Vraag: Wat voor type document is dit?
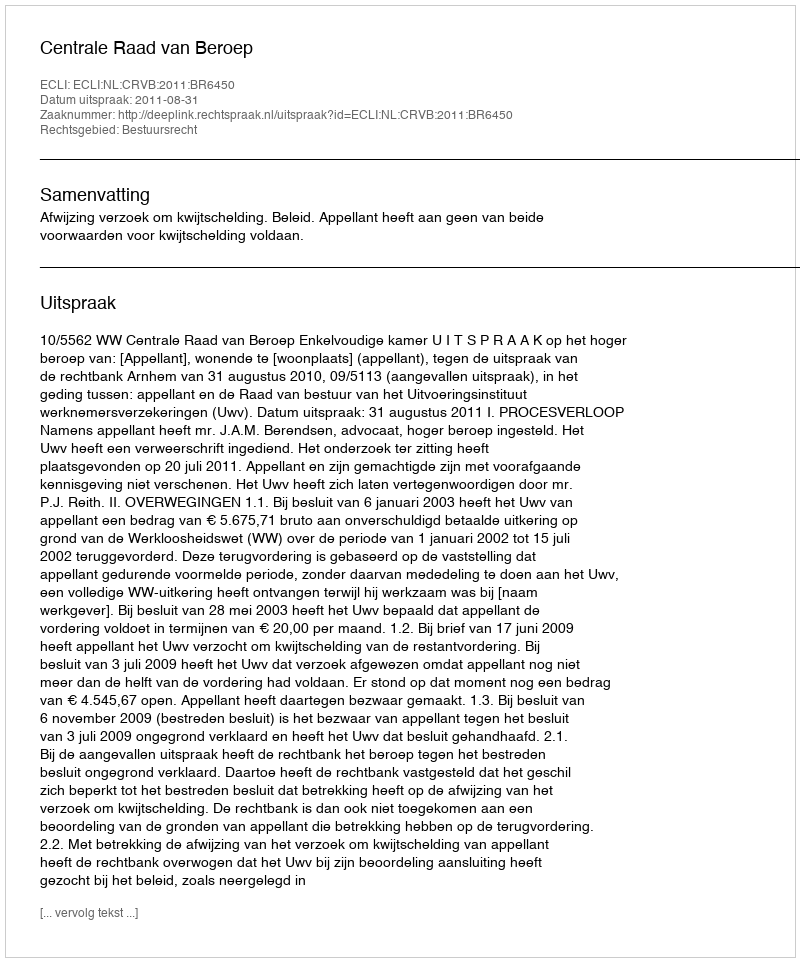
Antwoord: Uitspraak